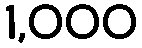
1,000